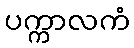
ပက္ကာလကံ